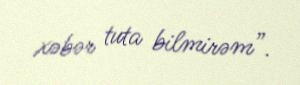
xəbər tuta bilmirəm”.